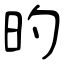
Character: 旳